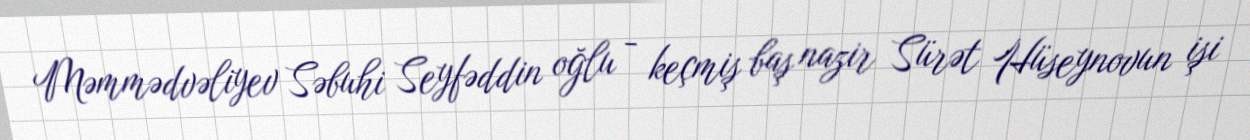
Məmmədvəliyev Səbuhi Seyfəddin oğlu - keçmiş baş nazir Sürət Hüseynovun işi